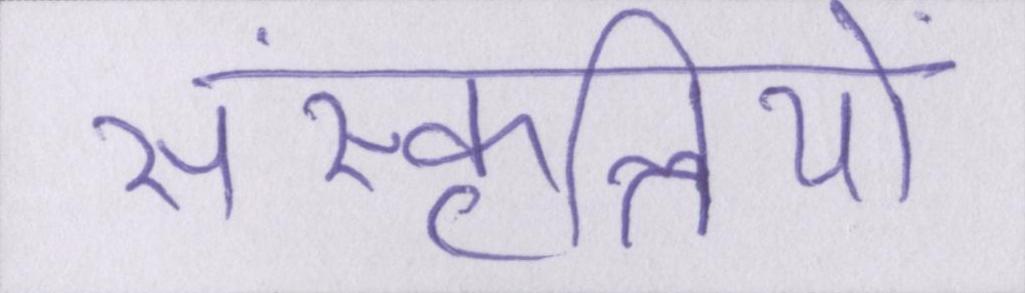
संस्कृतियों